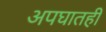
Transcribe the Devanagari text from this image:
अपघातही